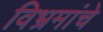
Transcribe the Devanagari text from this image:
विभ्रमांचे